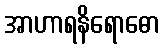
အာဟာရနိရောဓော